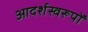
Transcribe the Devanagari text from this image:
आदर्शस्वरूपों